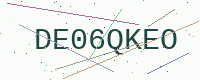
Text: DE06QKEO